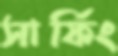
সার্ফিং